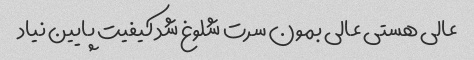
عالی هستی عالی بمون سرت شلوغ شد کیفیت پایین نیاد